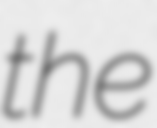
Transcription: the